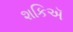
શકિઍ